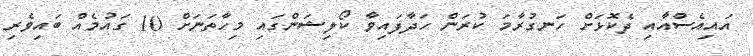
އައިއެސްއާއި ދެކޮޅަށް ހަނގުރާމަ ކުރަން ހަދާފައިވާ ކޯލިޝަންގައި މިހާތަނަށް 10 ގައުމެއް ބައިވެރި